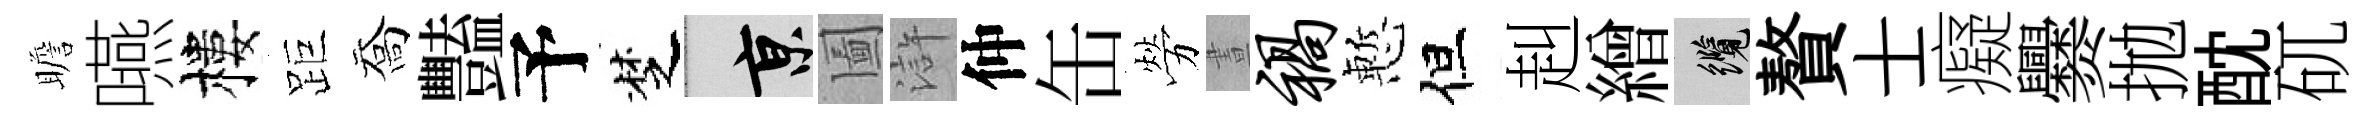
瞻嚥樓距喬豔予椘京圗滸仲缶勞晝祸慙但赳繒纜贅士癡爨拋酖矹